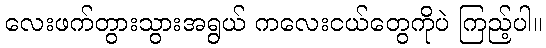
လေးဖက်တွားသွားအရွယ် ကလေးငယ်တွေကိုပဲ ကြည့်ပါ။